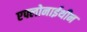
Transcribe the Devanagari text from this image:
एफ्लोनाईथीन